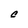
Character: C